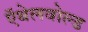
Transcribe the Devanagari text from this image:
ऍथेलवोल्ड